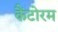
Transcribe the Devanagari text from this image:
कैंटोरम